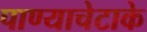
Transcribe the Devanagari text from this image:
पाण्याचेटाके